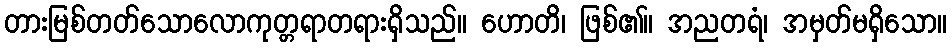
တားမြစ်တတ်သောလောကုတ္တရာတရားရှိသည်။ ဟောတိ၊ ဖြစ်၏။ အညတရံ၊ အမှတ်မရှိသော။